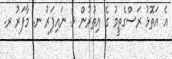
އެ އަތޮޅު ރަސްގެތީމު ގެ އިތުުރުން ޅ. ނައިފަރު ނ. މާފަރު ރ.